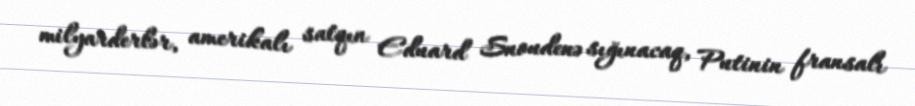
milyarderlər, amerikalı satqın Eduard Snoudenə sığınacaq, Putinin fransalı